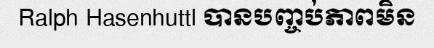
Ralph Hasenhuttl បានបញ្ចប់ភាពមិន